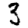
Digit: 3